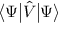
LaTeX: { \big \langle } \Psi { \big | } { \hat { V } } { \big | } \Psi { \big \rangle }